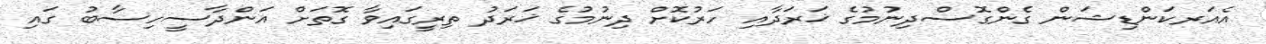
އެއަރކަންޑިޝަން ގެންގޮސްދިނުމުގެ ޚަރަދާއި ހަރުކޮށް ދިނުމުގެ ޚަރަދު ތިރީގައިވާ ގޮތަށް އަންދާސީހިސާބު ގައި